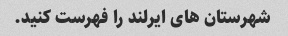
شهرستان های ایرلند را فهرست کنید.